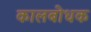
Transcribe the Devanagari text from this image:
कालबोधक